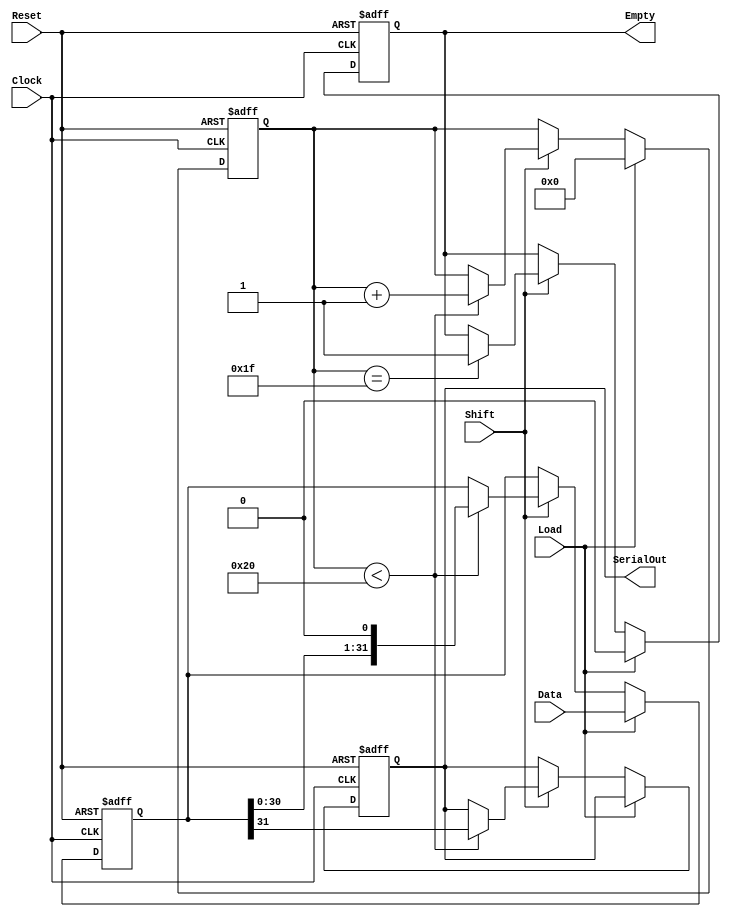
module PISO_Register (
    input wire [31:0] Data,     // 32-bit parallel input data
    input wire Load,            // Load control signal
    input wire Shift,           // Shift control signal
    input wire Clock,           // Clock signal
    input wire Reset,           // Asynchronous reset signal
    output reg SerialOut,       // Serial output
    output reg Empty            // Empty indicator
);

    reg [31:0] shift_reg;       // 32-bit shift register
    reg [5:0] counter;          // 6-bit counter (to count 0-31)

    always @(posedge Clock or posedge Reset) begin
        if (Reset) begin
            // Asynchronous reset
            shift_reg <= 32'b0;
            counter <= 6'b0;
            SerialOut <= 1'b0;
            Empty <= 1'b1; // Initially empty
        end else begin
            if (Load) begin
                // Load operation
                shift_reg <= Data; // Load data into shift register
                counter <= 6'b0;   // Reset counter
                Empty <= 1'b0;     // Register is not empty
            end else if (Shift) begin
                // Shift operation
                if (counter < 32) begin
                    SerialOut <= shift_reg[31]; // Shift out MSB
                    shift_reg <= {shift_reg[30:0], 1'b0}; // Shift left
                    counter <= counter + 1'b1; // Increment counter
                end
                if (counter == 31) begin
                    Empty <= 1'b1; // Mark as empty after last bit is shifted out
                end
            end
        end
    end

endmodule